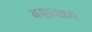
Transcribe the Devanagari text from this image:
बसावक्रम